Jaan_Tonisson_(Lasteleht), lk 281
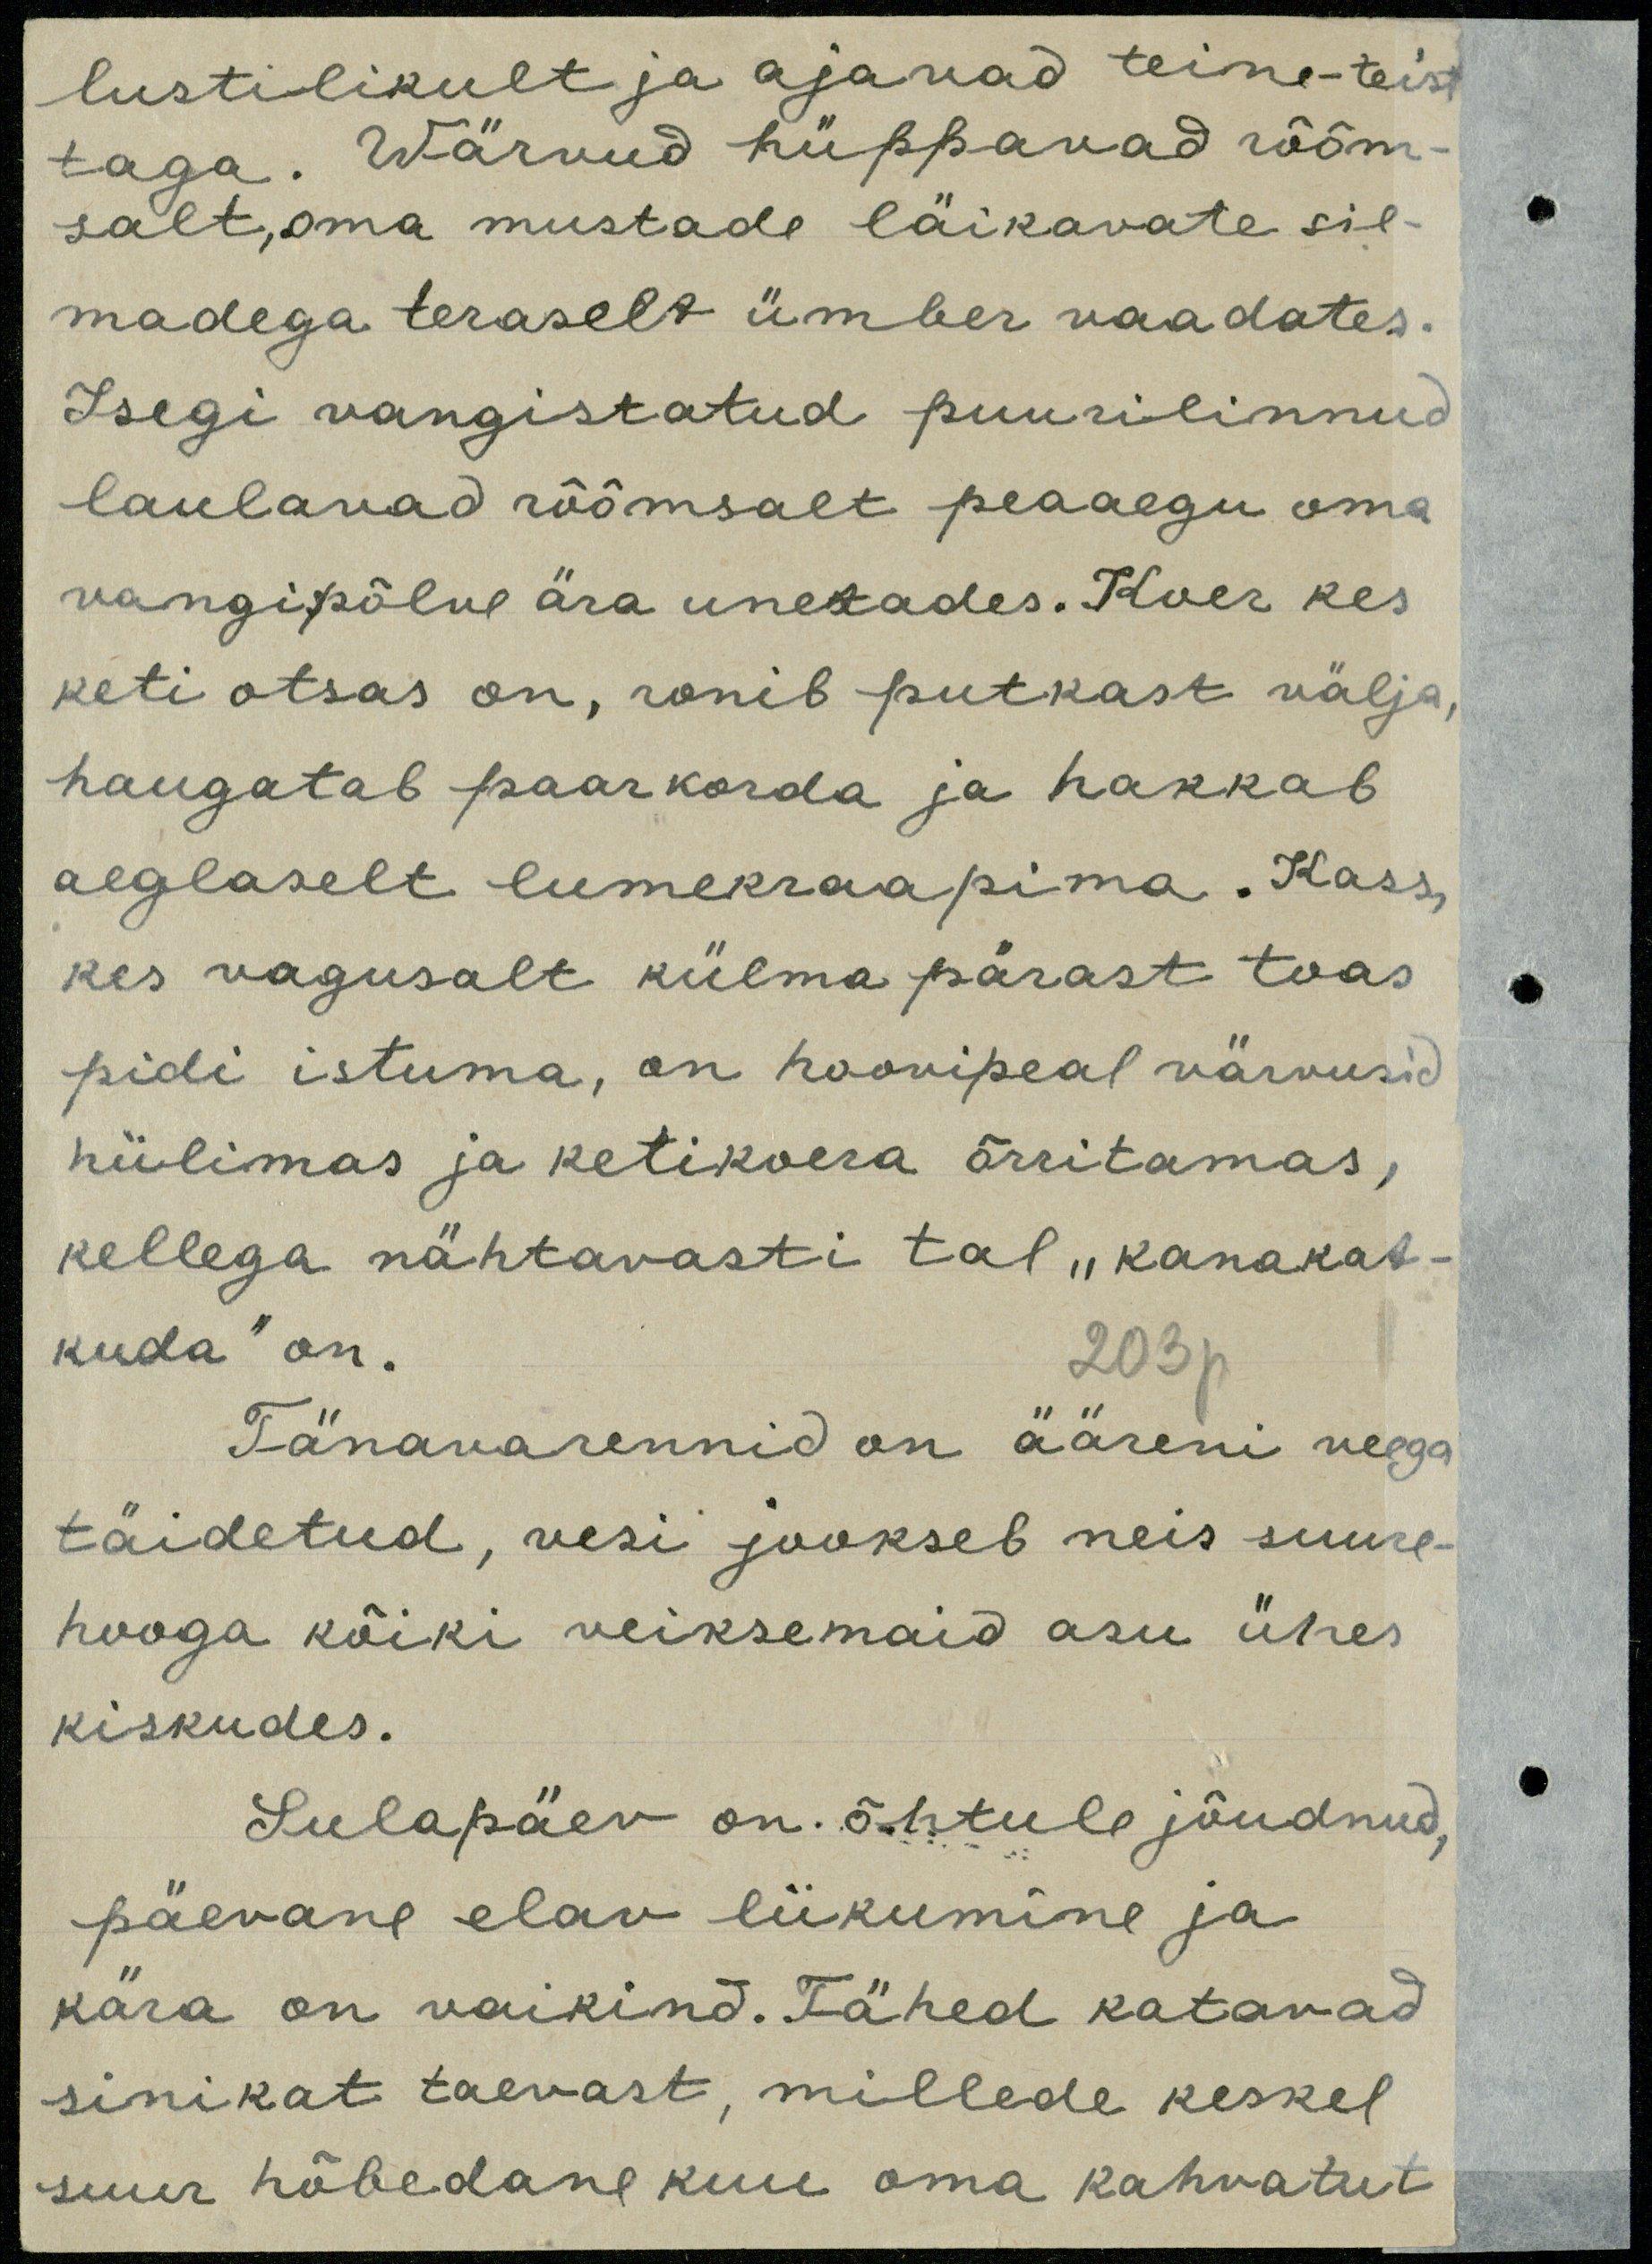
lustilikult ja ajavad teine-teist
taga. Wärvud hüppavad rõõm
salt, oma mustade läikavate sil-
madega teraselt ümber vaadates.
Isegi vangistatud puurilinnud
laulavad rõõmsalt peaaegu oma
vangipõlve ära unetades. Koer kes
keti otsas on, ronib putkast välja,
haugatab paarkorda ja hakkab
aeglaselt lumekraapima. Kass,
kes vagusalt külma pärast toas
pidi istuma, on hoovipeal värvusid
nülimas ja ketikoera õrritamas,
kellega nähtavasti tal "kanakat-
kuda" on.
203p
Tänavarennid on ääreni veega
täidetud, vesi jookseb neis suure-
hooga kõiki veiksemaid asu ühes
kiskudes.
Sulapäev on. õhtule jõudnud,
päevane elav liikumine ja
kära on vaikind. Tähed katavad
sinikat taevast, millede keskel
suur hõbedane kuu oma kahvatut